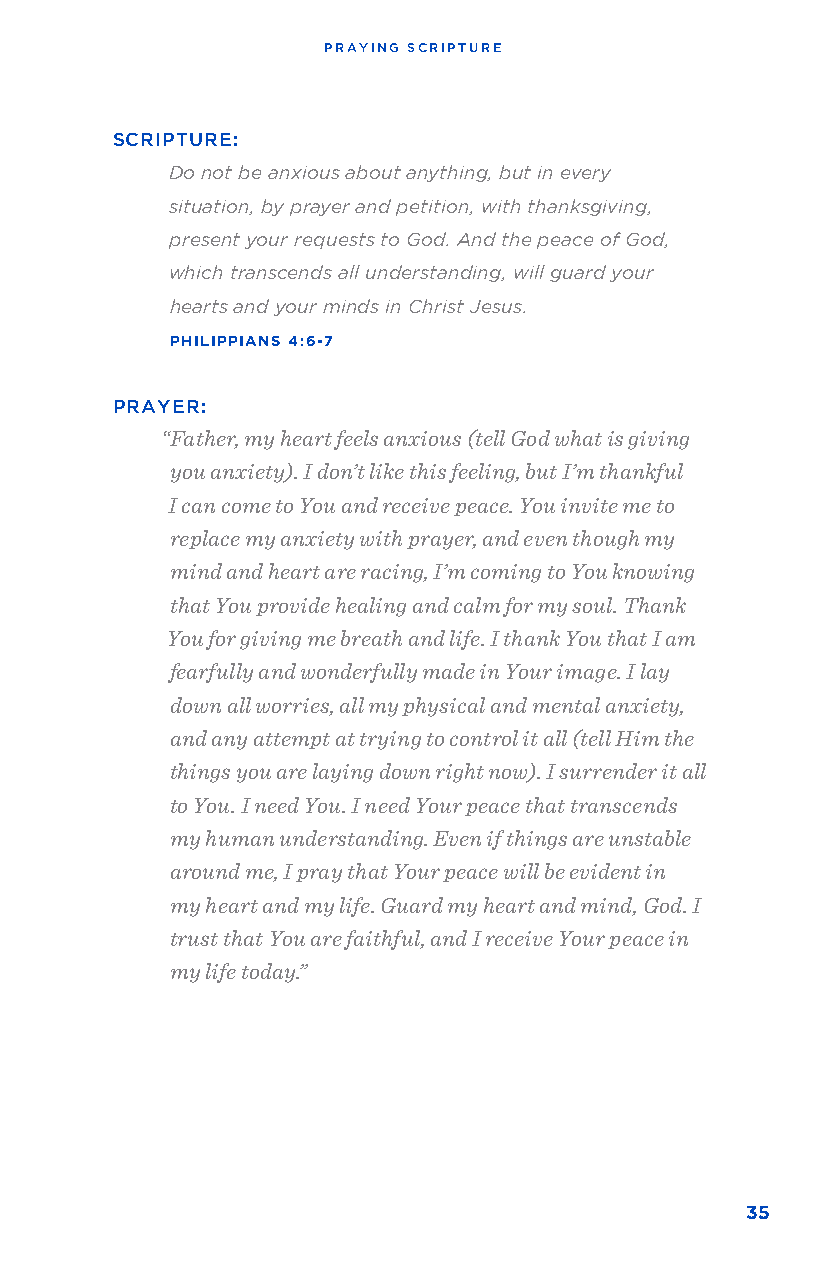
PRAYING SCRIPTURE
 SCRIPTURE:
 Do not be anxious about anything, but in every
 situation, by prayer and petition, with thanksgiving,
 present your requests to God. And the peace of God,
 which transcends all understanding, will guard your
 hearts and your minds in Christ Jesus.
 PHILIPPIANS 4:6-7
 PRAYER:
 “Father, my heart feels anxious (tell God what is giving
 you anxiety). I don’t like this feeling, but I’m thankful
 I can come to You and receive peace. You invite me to
 replace my anxiety with prayer, and even though my
 mind and heart are racing, I’m coming to You knowing
 that You provide healing and calm for my soul. Thank
 You for giving me breath and life. I thank You that I am
 fearfully and wonderfully made in Your image. I lay
 down all worries, all my physical and mental anxiety,
 and any attempt at trying to control it all (tell Him the
 things you are laying down right now). I surrender it all
 to You. I need You. I need Your peace that transcends
 my human understanding. Even if things are unstable
 around me, I pray that Your peace will be evident in
 my heart and my life. Guard my heart and mind, God. I
 trust that You are faithful, and I receive Your peace in
 my life today.”
 35